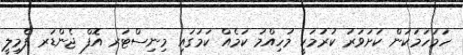
ހަމަހަމަކަން ކަށަވަރު ކުރުމަކީ މުހިއްމު ކަމެއް ކަމުގައި މިނިސްޓަރ އޮފް ޖެންޑަރ ފެމިލީ